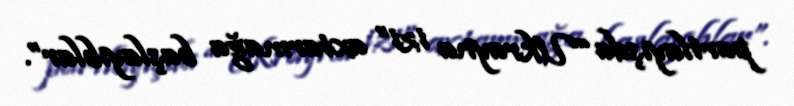
partlayışda “Ukrayna izi” axtarmağa başlayıblar”.